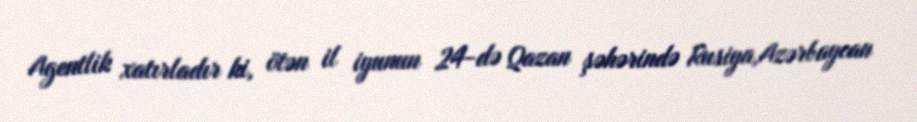
Agentlik xatırladır ki, ötən il iyunun 24-də Qazan şəhərində Rusiya,Azərbaycan